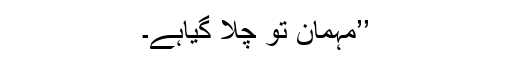
’’مہمان تو چلا گیاہے۔